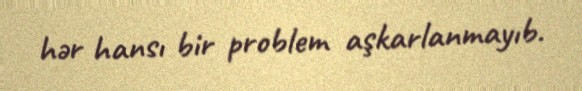
hər hansı bir problem aşkarlanmayıb.